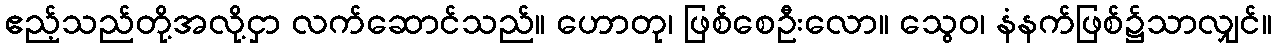
ဧည့်သည်တို့အလို့ငှာ လက်ဆောင်သည်။ ဟောတု၊ ဖြစ်စေဦးလော။ သွေဝ၊ နံနက်ဖြစ်၌သာလျှင်။